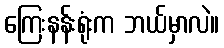
ကြေးနန်းရုံးက ဘယ်မှာလဲ။